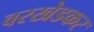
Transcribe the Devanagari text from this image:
वरखेडकर